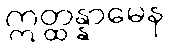
ဣတ္ထန္နာမေန